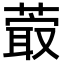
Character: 𦸤